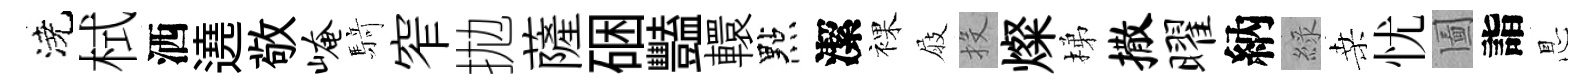
澆栻洒遶敬崦𮪍窄拋薩硱豔轘點潔裸屐投燦梯撒曜納綠桑忧圗詣㤙